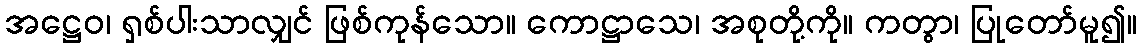
အဋ္ဌေဝ၊ ရှစ်ပါးသာလျှင် ဖြစ်ကုန်သော။ ကောဋ္ဌာသေ၊ အစုတို့ကို။ ကတွာ၊ ပြုတော်မူ၍။